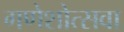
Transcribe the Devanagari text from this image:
गणेशोत्सवा